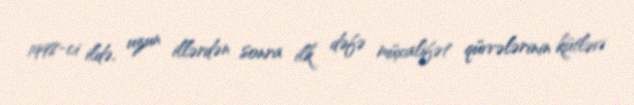
1998-ci ildə, uzun illərdən sonra ilk dəfə müxalifət qüvvələrinin kütləvi